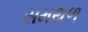
સમથળ